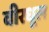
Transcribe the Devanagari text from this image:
वीरधूल